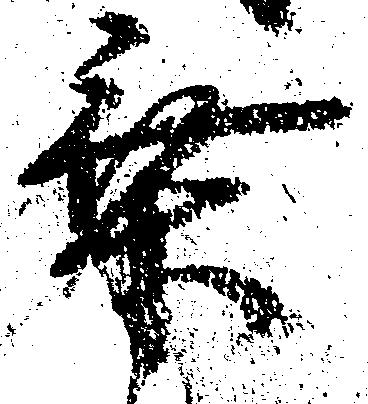
乗